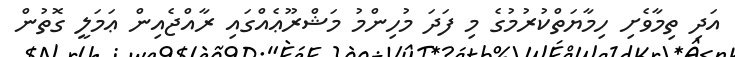
އަދި ތިމާވެށި ހިމާޔަތްކުރުމުގެ މި ފަދަ މުހިންމު މަޝްރޫޢެއްގައި ރާއްޖެއިން ޢަމަލީ ގޮތުން